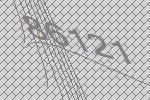
86121